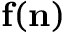
{ \bf f } ( { \bf n } )